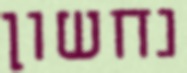
נחשון